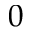
0